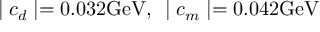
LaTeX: \mid c _ { d } \mid = 0 . 0 3 2 \mathrm { G e V } , \enspace \mid c _ { m } \mid = 0 . 0 4 2 \mathrm { G e V }